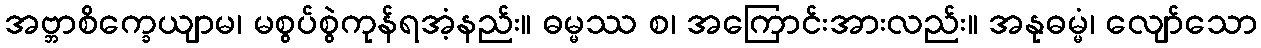
အဗ္ဘာစိက္ခေယျာမ၊ မစွပ်စွဲကုန်ရအံ့နည်း။ ဓမ္မဿ စ၊ အကြောင်းအားလည်း။ အနုဓမ္မံ၊ လျော်သော